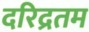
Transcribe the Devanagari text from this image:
दरिद्रतम